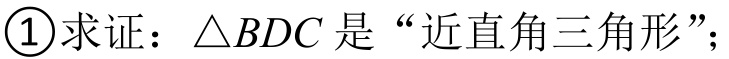
\textcircled{1}求证：\(\triangle BDC\) 是“近直角三角形”；